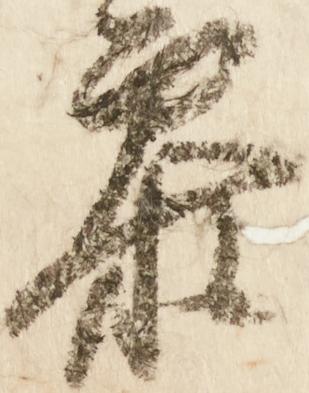
参